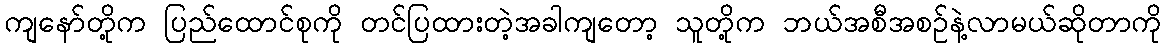
ကျနော်တို့က ပြည်ထောင်စုကို တင်ပြထားတဲ့အခါကျတော့ သူတို့က ဘယ်အစီအစဉ်နဲ့လာမယ်ဆိုတာကို